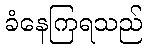
ခံနေကြရသည်